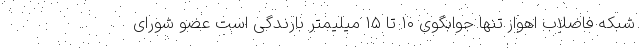
شبکه فاضلاب اهواز تنها جوابگوی ۱۰ تا ۱۵ میلیمتر بارندگی است عضو شورای